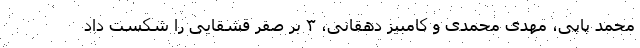
محمد پاپی، مهدی محمدی و کامبیز دهقانی، ۳ بر صفر قشقایی را شکست داد